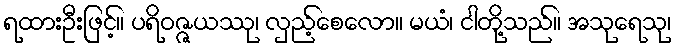
ရထားဦးဖြင့်။ ပရိဝဇ္ဇယဿု၊ လှည့်စေလော။ မယံ၊ ငါတို့သည်။ အသုရေသု၊